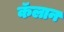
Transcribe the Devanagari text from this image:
कॅलान